Report on the Nagpur School of Medicine, Central Provinces
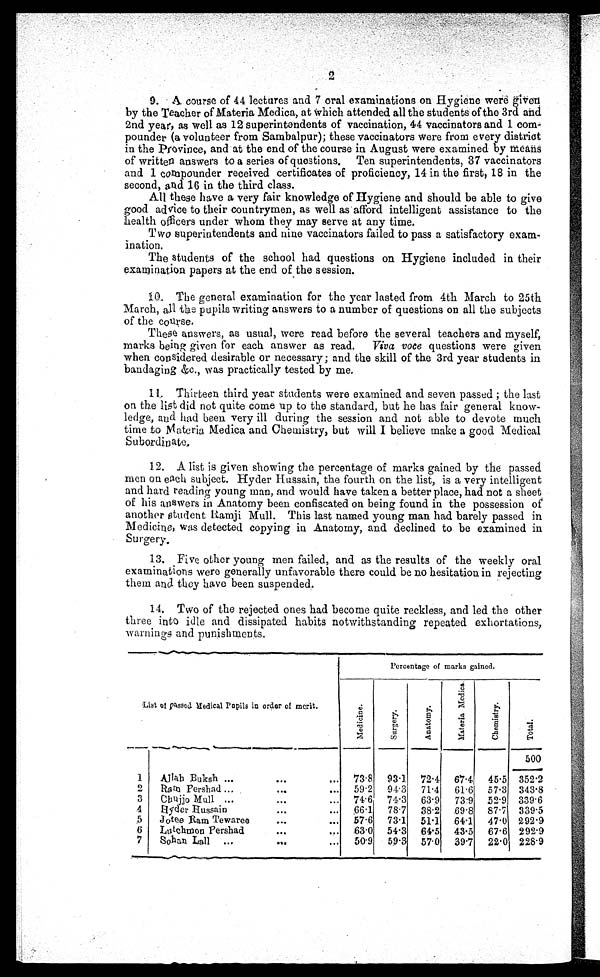
2
9 . A c o u r s e o f 4 4 l e c t u r e s a n d 7 o r a l e x a m i n a t i o n s o n H y g i e n e w e r e g i v e n
by the Teacher of Materia Medica, at which attended all the students of the 3rd and
2nd year, as well as 12 superintendents of vaccination, 44 vaccinators and 1 com--
pounder (a volunteer from Sambalpur); these vaccinators were from every district
in the Province, and at the end of the course in August were examined by means
of written answers to a series of questions. Ten superintendents, 37 vaccinators
and 1 compounder received certificates of proficiency, 14 in the first, 18 in the
second, and 16 in the third class.
All these have a very fair knowledge of Hygiene and should be able to give
good advice to their countrymen, as well as afford intelligent assistance to the
health officers under whom they may serve at any time.
Two superintendents and nine vaccinators failed to pass a satisfactory exam-
-ination.
The students of the school had questions on Hygiene included in their
examination papers at the end of the session.
10. The general examination for the year lasted from 4th March to 25th
March, all the pupils writing answers to a number of questions on all the subjects
of the course.
These answers, as usual, were read before the several teachers and myself,
marks being given for each answer as read. Viva voce questions were given
when considered desirable or necessary; and the skill of the 3rd year students in
bandaging &c., was practically tested by me.
11. Thirteen third year students were examined and seven passed ; the last
on the list did not quite come up to the standard, but he has fair general know--
ledge, and had been very ill during the session and not able to devote much
time to Materia Medica and Chemistry, but will I believe make a good Medical
Subordinate.
12. A list is given showing the percentage of marks gained by the passed
men on each subject. Hyder Hussain, the fourth on the list, is a very intelligent
and hard reading young man, and would have taken a better place, had not a sheet
of his answers in Anatomy been confiscated on being found in the possession of
another student Ramji Mull. This last named young man had barely passed in
Medicine, was detected copying in Anatomy, and declined to be examined in
Surgery.
13. Five other young men failed, and as the results of the weekly oral
examinations were generally unfavorable there could be no hesitation in rejecting
them and they have been suspended.
14. Two of the rejected ones had become quite reckless, and led the other
three into idle and dissipated habits notwithstanding repeated exhortations,
warnings and punishments.
Percentage of marks gained.
List of passed Medical pupils in order of merit.
M e d i c i n e .
S u r g e r y .
A n a t o m y .
M a t e r i a
M e d i c a .
C h e m i s t r y .
T o t a l .
500
1
Allah Buksh ...
. . . ...
73.8
93.1
72.4
67.4
45.5 352.2
2
Ram Pershad ...
...
...
59.2
94.3
71.4
61.6
57.3 343.8
3
Chujjo Mull ...
...
...
74.6
74.3
63.9
73.9
52.9 339.6
4
Hyder Hussain
...
...
66.1
78.7
38.2
69.8
87.7 339.5
5
Jotee Ram Tewaree
. . .
. . .
57.6
73.1
51.1
64.1
47.0 292.9
6
Lutchmon Pershad
...
...
63.0
54.3
64.5
43.5
67.6 292.9
7
Sohan Lall
...
...
...
50.9
59.3
57.0
39.7
22.0 228.9